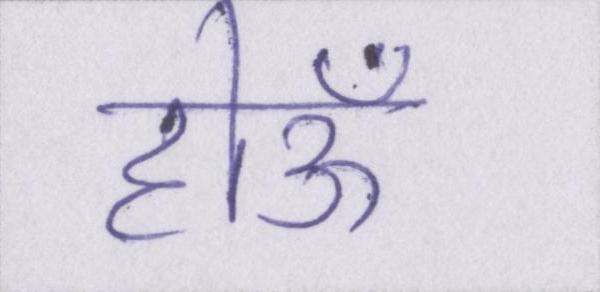
होऊँ